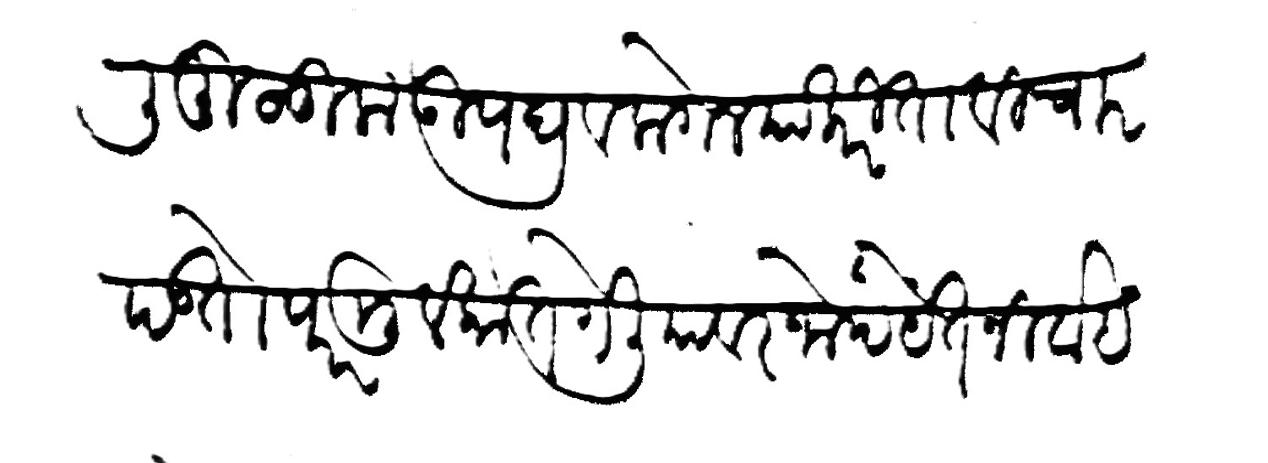
Transliteration (Devanagari): कौली मुलूक उपद्रव लागेल याकरिता विचार पडतो परमुलुकात गेलियावर जोपर्येत निर्वाह